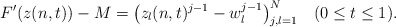
\begin{align*}F'(z(n,t))-M=\bigl(z_l(n,t)^{j-1}-w_l^{j-1}\bigr)_{j,l=1}^N\quad(0\leq t\leq 1).\end{align*}